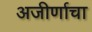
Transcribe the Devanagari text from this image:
अजीर्णाचा